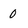
Character: 0